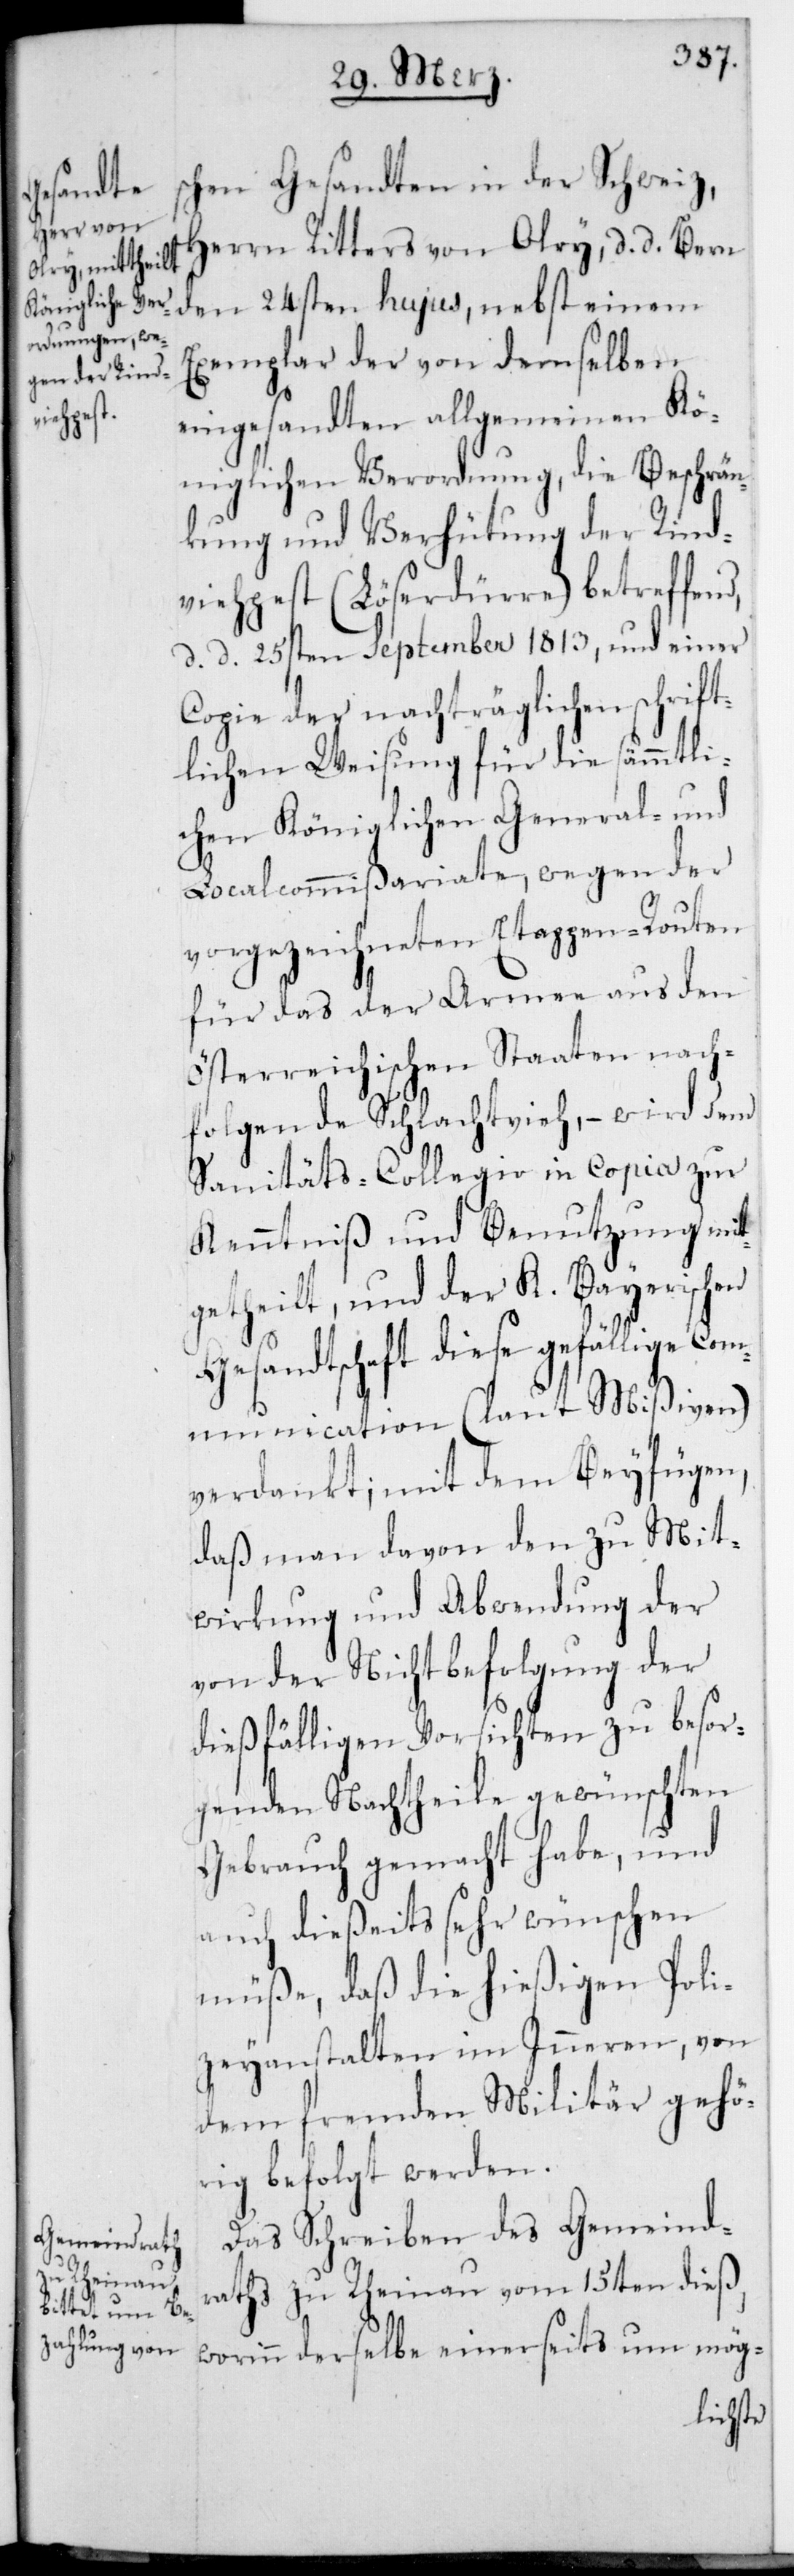
schen Gesandten in der Schweiz,
Herrn Ritters von Olry, d. d. Bern
den 24sten hujus, nebst einem
Exemplar der von demselben
eingesandten allgemeinen Kö¬
niglichen Verordnung, die Beschrän¬
kung und Verhütung der Rind¬
viehpest (Löserdürre) betreffend,
d. d. 25sten September 1813, und einer
Copie der nachträglichen schrift¬
lichen Weisung für die sämmtli¬
chen Königlichen General- und
Localcommißariate, wegen der
vorgezeichneten Etappen-Routen
für das der Armee aus den
Oesterreichischen Staaten nach¬
folgende Schlachtvieh, – wird dem
Sanitäts-Collegio in Copia zur
Kenntniß und Benutzung mit¬
getheilt, und der K. Bayerischen
Gesandtschaft diese gefällige Com¬
munication (laut Mißiven)
verdankt; mit dem Beyfügen,
daß man davon den zu Mit¬
wirkung und Abwendung der
von der Nichtbefolgung der
dießfälligen Vorsichten zu besor¬
genden Nachtheile gewünschten
Gebrauch gemacht habe, und
auch dießeits sehr wünschen
müße, daß die hießigen Poli¬
zeyanstalten im Inneren, von
dem fremden Militair gehö¬
rig befolgt werden.
Das Schreiben des Gemeind¬
rath zu Rheinau vom 15ten dieß,
worinn derselbe einerseits um mög-